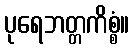
ပုရေဘတ္တကိစ္စံ။